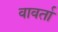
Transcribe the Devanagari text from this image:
वावर्ता